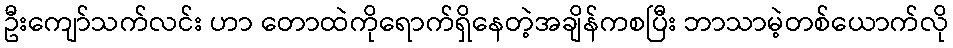
ဦးကျော်သက်လင်း ဟာ တောထဲကိုရောက်ရှိနေတဲ့အချိန်ကစပြီး ဘာသာမဲ့တစ်ယောက်လို